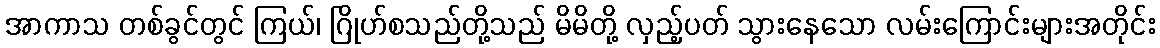
အာကာသ တစ်ခွင်တွင် ကြယ်၊ ဂြိုဟ်စသည်တို့သည် မိမိတို့ လှည့်ပတ် သွားနေသော လမ်းကြောင်းများအတိုင်း